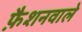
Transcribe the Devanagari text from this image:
फै़शनवाले